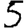
Digit: 5